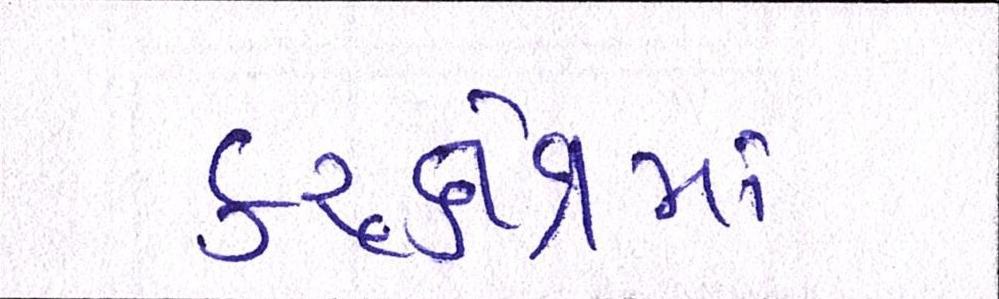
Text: કરુક્ષેત્રમાં